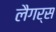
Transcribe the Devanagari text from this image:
लैगर्स